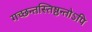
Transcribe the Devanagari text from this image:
गच्छन्तस्तिष्ठन्तोऽपि